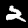
Digit: 2